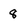
Character: 8